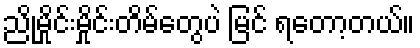
ညိုမှိုင်းမှိုင်းတိမ်တွေပဲ မြင် ရတော့တယ်။